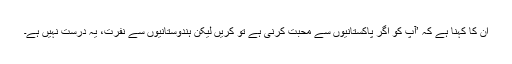
ان کا کہنا ہے کہ ’آپ کو اگر پاکستانیوں سے محبت کرنی ہے تو کریں لیکن ہندوستانیوں سے نفرت، یہ درست نہیں ہے۔